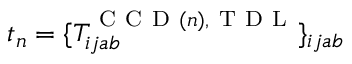
t _ { n } = \{ T _ { i j a b } ^ { \mathrm { ~ C ~ C ~ D ~ } ( n ) , \mathrm { ~ T ~ D ~ L ~ } } \} _ { i j a b }